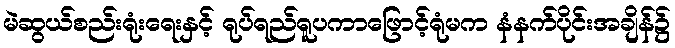
မဲဆွယ်စည်းရုံးရေးနှင့် ရုပ်ရည်ရူပကာဖြောင့်ရုံမက နံနက်ပိုင်းအချိန်၌